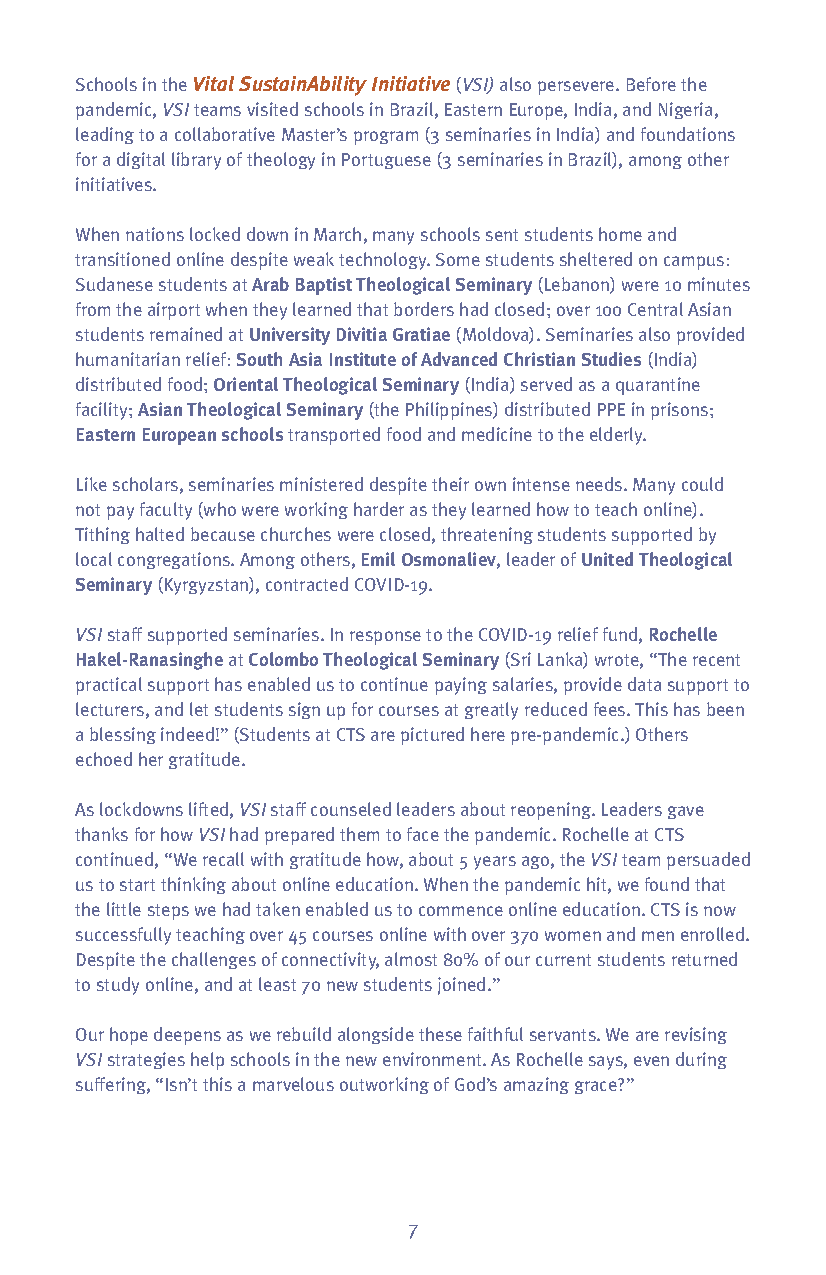
Schools in the Vital SustainAbility Initiative(VSI)also persevere. Before the
 pandemic, VSIteams visited schools in Brazil, Eastern Europe, India, and Nigeria,
 leading to a collaborative Master’s program (3 seminaries in India) and foundations
 for a digital library of theology in Portuguese (3 seminaries in Brazil), among other
 initiatives.
 When nations locked down in March, many schools sent students home and
 transitioned online despite weak technology. Some students sheltered on campus:
 Sudanese students at Arab Baptist Theological Seminary(Lebanon) were 10 minutes
 from the airport when they learned that borders had closed; over 100 Central Asian
 students remained at University Divitia Gratiae(Moldova). Seminaries also provided
 humanitarian relief: South Asia Institute of Advanced Christian Studies (India)
 distributed food; Oriental Theological Seminary(India) served as a quarantine
 facility; Asian Theological Seminary(the Philippines) distributed PPE in prisons;
 Eastern European schoolstransported food and medicine to the elderly.
 Like scholars, seminaries ministered despite their own intense needs. Many could
 not pay faculty (who were working harder as they learned how to teach online).
 Tithing halted because churches were closed, threatening students supported by
 local congregations. Among others, Emil Osmonaliev, leader of United Theological
 Seminary(Kyrgyzstan), contracted COVID-19.
 VSIstaff supported seminaries. In response to the COVID-19 relief fund, Rochelle
 Hakel-Ranasingheat Colombo Theological Seminary(Sri Lanka) wrote, “The recent
 practical support has enabled us to continue paying salaries, provide data support to
 lecturers, and let students sign up for courses at greatly reduced fees. This has been
 a blessing indeed!” (Students at CTS are pictured here pre-pandemic.) Others
 echoed her gratitude.
 As lockdowns lifted, VSIstaff counseled leaders about reopening. Leaders gave
 thanks for how VSIhad prepared them to face the pandemic. Rochelle at CTS
 continued, “We recall with gratitude how, about 5 years ago, the VSIteam persuaded
 us to start thinking about online education. When the pandemic hit, we found that
 the little steps we had taken enabled us to commence online education. CTS is now
 successfully teaching over 45 courses online with over 370 women and men enrolled.
 Despite the challenges of connectivity, almost 80% of our current students returned
 to study online, and at least 70 new students joined.”
 Our hope deepens as we rebuild alongside these faithful servants. We are revising
 VSI strategies help schools in the new environment. As Rochelle says, even during
 suffering, “Isn’t this a marvelous outworking of God’s amazing grace?”
 7